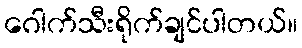
ဂေါက်သီးရိုက်ချင်ပါတယ်။